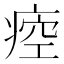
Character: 㾤